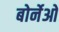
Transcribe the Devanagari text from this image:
बोर्नेओ